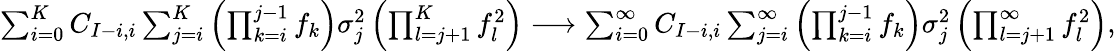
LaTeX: \begin{array}{r}{\sum_{i=0}^{K}C_{I-i,i}\sum_{j=i}^{K}\left(\prod_{k=i}^{j-1}f_{k}\right)\sigma_{j}^{2}\left(\prod_{l=j+1}^{K}f_{l}^{2}\right)\longrightarrow\sum_{i=0}^{\infty}C_{I-i,i}\sum_{j=i}^{\infty}\left(\prod_{k=i}^{j-1}f_{k}\right)\sigma_{j}^{2}\left(\prod_{l=j+1}^{\infty}f_{l}^{2}\right),}\end{array}